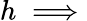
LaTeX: h\implies